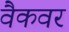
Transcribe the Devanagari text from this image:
वैकवर